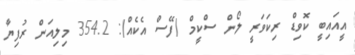
އީއައިބީ ކޮވިޑް ރިކަވަރީ ލޯން ސްކީމް (ފޭސް އެކެއް): 354.2 މިލިއަން ރުފިޔާ